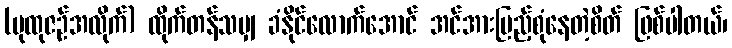
(ပုထုဇဉ်အလိုက်) ထိုက်တန်သမျှ ခံနိုင်လောက်အောင် အင်အားပြည့်စုံနေတဲ့စိတ် ဖြစ်ပါတယ်၊